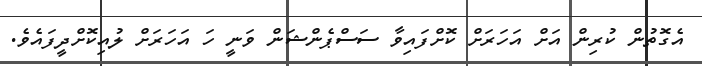
އެގޮތުން ކުރިން އަށް އަހަރަށް ކޮށްފައިވާ ސަސްޕެންޝަން ވަނީ ހަ އަހަރަށް ލުއިކޮށްދީފައެވެ.